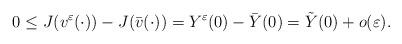
LaTeX: \begin{align*} 0\leq J(v^\varepsilon(\cdot))-J(\bar{v}(\cdot))=Y^\varepsilon(0)-\bar{Y}(0)=\tilde{Y}(0)+o(\varepsilon). \end{align*}